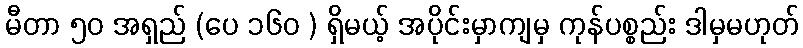
မီတာ ၅၀ အရှည် (ပေ ၁၆၀ ) ရှိမယ့် အပိုင်းမှာကျမှ ကုန်ပစ္စည်း ဒါမှမဟုတ်